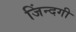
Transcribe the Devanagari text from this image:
जिंन्दगी